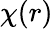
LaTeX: \chi(r)